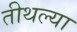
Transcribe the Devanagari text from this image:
तीथल्या